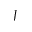
J